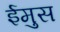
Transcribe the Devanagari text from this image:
ईमुस